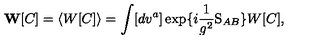
{ \bf W } [ C ] = \langle W [ C ] \rangle = \int [ d v ^ { a } ] \exp \{ i \frac { 1 } { g ^ { 2 } } \mathrm { S } _ { A B } \} W [ C ] ,